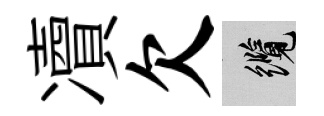
凟欠纜